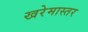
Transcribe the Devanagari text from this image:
खरेमास्तर